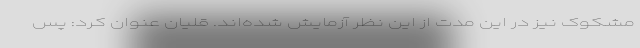
مشکوک نیز در این مدت از این نظر آزمایش شده‌اند. قلیان عنوان کرد: پس